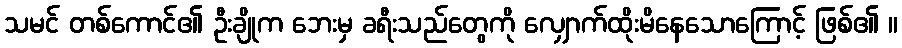
သမင် တစ်ကောင်၏ ဦးချိုက ဘေးမှ ခရီးသည်တွေကို လျှောက်ထိုးမိနေသောကြောင့် ဖြစ်၏ ။